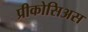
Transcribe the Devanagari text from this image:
प्रीकोसिअस